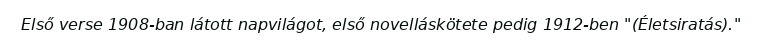
Első verse 1908-ban látott napvilágot, első novelláskötete pedig 1912-ben "(Életsiratás)."